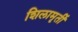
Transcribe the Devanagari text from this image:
शिलामृर्ती